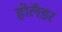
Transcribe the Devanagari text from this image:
होलॅंडर